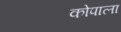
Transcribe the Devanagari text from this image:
कोपाला